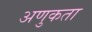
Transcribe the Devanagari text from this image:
अणुकता